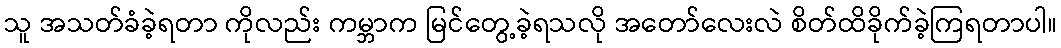
သူ အသတ်ခံခဲ့ရတာ ကိုလည်း ကမ္ဘာက မြင်တွေ့ခဲ့ရသလို အတော်လေးလဲ စိတ်ထိခိုက်ခဲ့ကြရတာပါ။